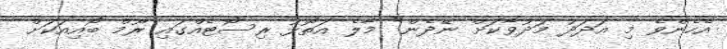
އެހެންވެ މި އަދަދު މަދުވާކަށް ނޭދެން" މާލެ އަތޮޅު ރިސޯޓެއްގައި ރޫމް ބޯއިއަކަށް